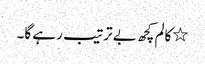
٭کالم کچھ بے ترتیب رہے گا۔